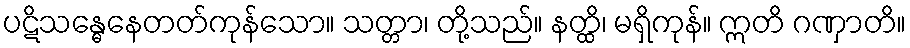
ပဋိသန္ဓေနေတတ်ကုန်သော။ သတ္တာ၊ တို့သည်။ နတ္ထိ၊ မရှိကုန်။ ဣတိ ဂဏှာတိ။